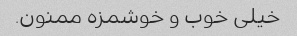
خیلی خوب و خوشمزه ممنون.